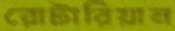
রোটারিয়ান